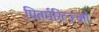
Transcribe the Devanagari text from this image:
पितर्मरित्ज़्बर्ग